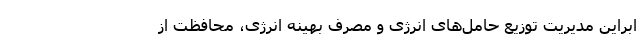
ابراین مدیریت توزیع حامل‌های انرژی و مصرف بهینه انرژی، محافظت از